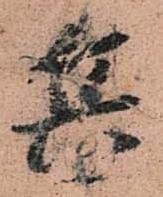
兵